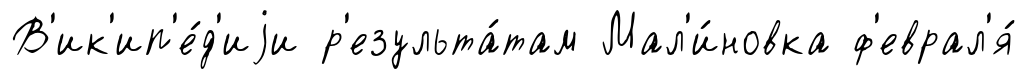
В'ик'ип'е́д'иjи р'езульта́там Мал'и́новка ф'еврал'я́